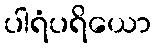
ပါရံပရိယော